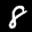
Label: 8